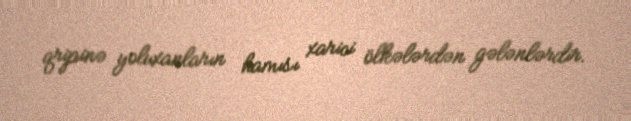
qripinə yoluxanların hamısı xarici ölkələrdən gələnlərdir.